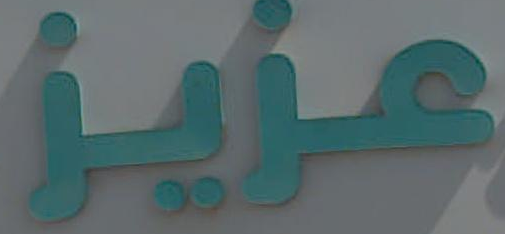
عزيز